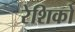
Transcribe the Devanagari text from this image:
रेशिको